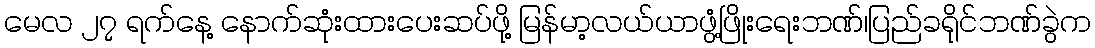
မေလ ၂၇ ရက်နေ့ နောက်ဆုံးထားပေးဆပ်ဖို့ မြန်မာ့လယ်ယာဖွံ့ဖြိုးရေးဘဏ်၊ပြည်ခရိုင်ဘဏ်ခွဲက